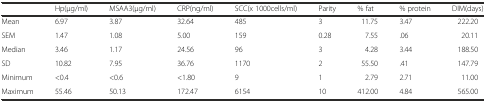
<table><thead><tr><td></td><td><b>Hp(μg/ml)</b></td><td><b>MSAA3(μg/ml)</b></td><td><b>CRP(ng/ml)</b></td><td><b>SCC(x 1000cells/ml)</b></td><td><b>Parity</b></td><td><b>% fat</b></td><td><b>% protein</b></td><td><b>DIM(days)</b></td></tr></thead><tbody><tr><td>Mean</td><td>6.97</td><td>3.87</td><td>32.64</td><td>485</td><td>3</td><td>11.75</td><td>3.47</td><td>222.20</td></tr><tr><td>SEM</td><td>1.47</td><td>1.08</td><td>5.00</td><td>159</td><td>0.28</td><td>7.55</td><td>.06</td><td>20.11</td></tr><tr><td>Median</td><td>3.46</td><td>1.17</td><td>24.56</td><td>96</td><td>3</td><td>4.28</td><td>3.44</td><td>188.50</td></tr><tr><td>SD</td><td>10.82</td><td>7.95</td><td>36.76</td><td>1170</td><td>2</td><td>55.50</td><td>.41</td><td>147.79</td></tr><tr><td>Minimum</td><td>&lt;0.4</td><td>&lt;0.6</td><td>&lt;1.80</td><td>9</td><td>1</td><td>2.79</td><td>2.71</td><td>11.00</td></tr><tr><td>Maximum</td><td>55.46</td><td>50.13</td><td>172.47</td><td>6154</td><td>10</td><td>412.00</td><td>4.84</td><td>565.00</td></tr></tbody></table>